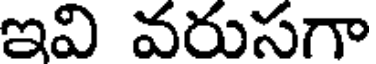
ఇవి వరుసగా